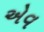
એવ